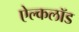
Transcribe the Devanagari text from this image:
ऐल्कलॉड